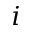
i